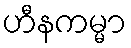
ဟီနကမ္မာ